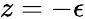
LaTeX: z=-\epsilon